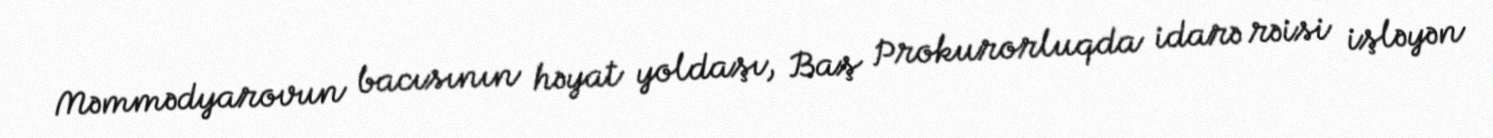
Məmmədyarovun bacısının həyat yoldaşı, Baş Prokurorluqda idarə rəisi işləyən